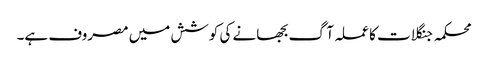
محکمہ جنگلات کا عملہ آگ بجھانے کی کوشش میں مصروف ہے۔